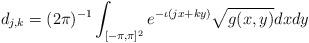
LaTeX: \begin{align*}d_{j,k}= (2\pi)^{-1}\int_{[-\pi,\pi]^2} e^{-\iota (jx+ky)}\sqrt{g(x,y)}dx dy\end{align*}